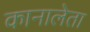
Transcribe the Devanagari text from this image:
कानालेता